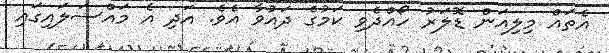
އެތައް މިލިއަން ޑޮލަރު ހޯއްދެވި ކަމުގެ ދައުވާ އެވެ. އަދި އެ މައްސަލައިގައި